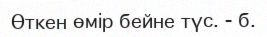
Өткен өмір бейне түс. - б.